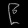
Digit: ၉